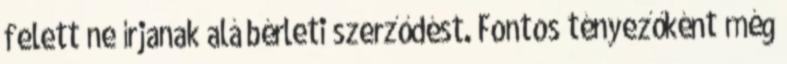
felett ne írjanak alá bérleti szerződést. Fontos tényezőként még